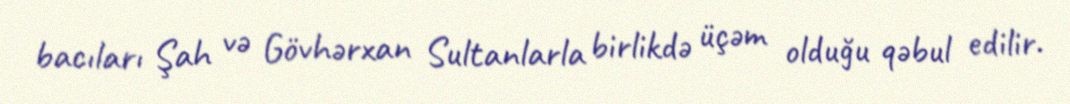
bacıları Şah və Gövhərxan Sultanlarla birlikdə üçəm olduğu qəbul edilir.